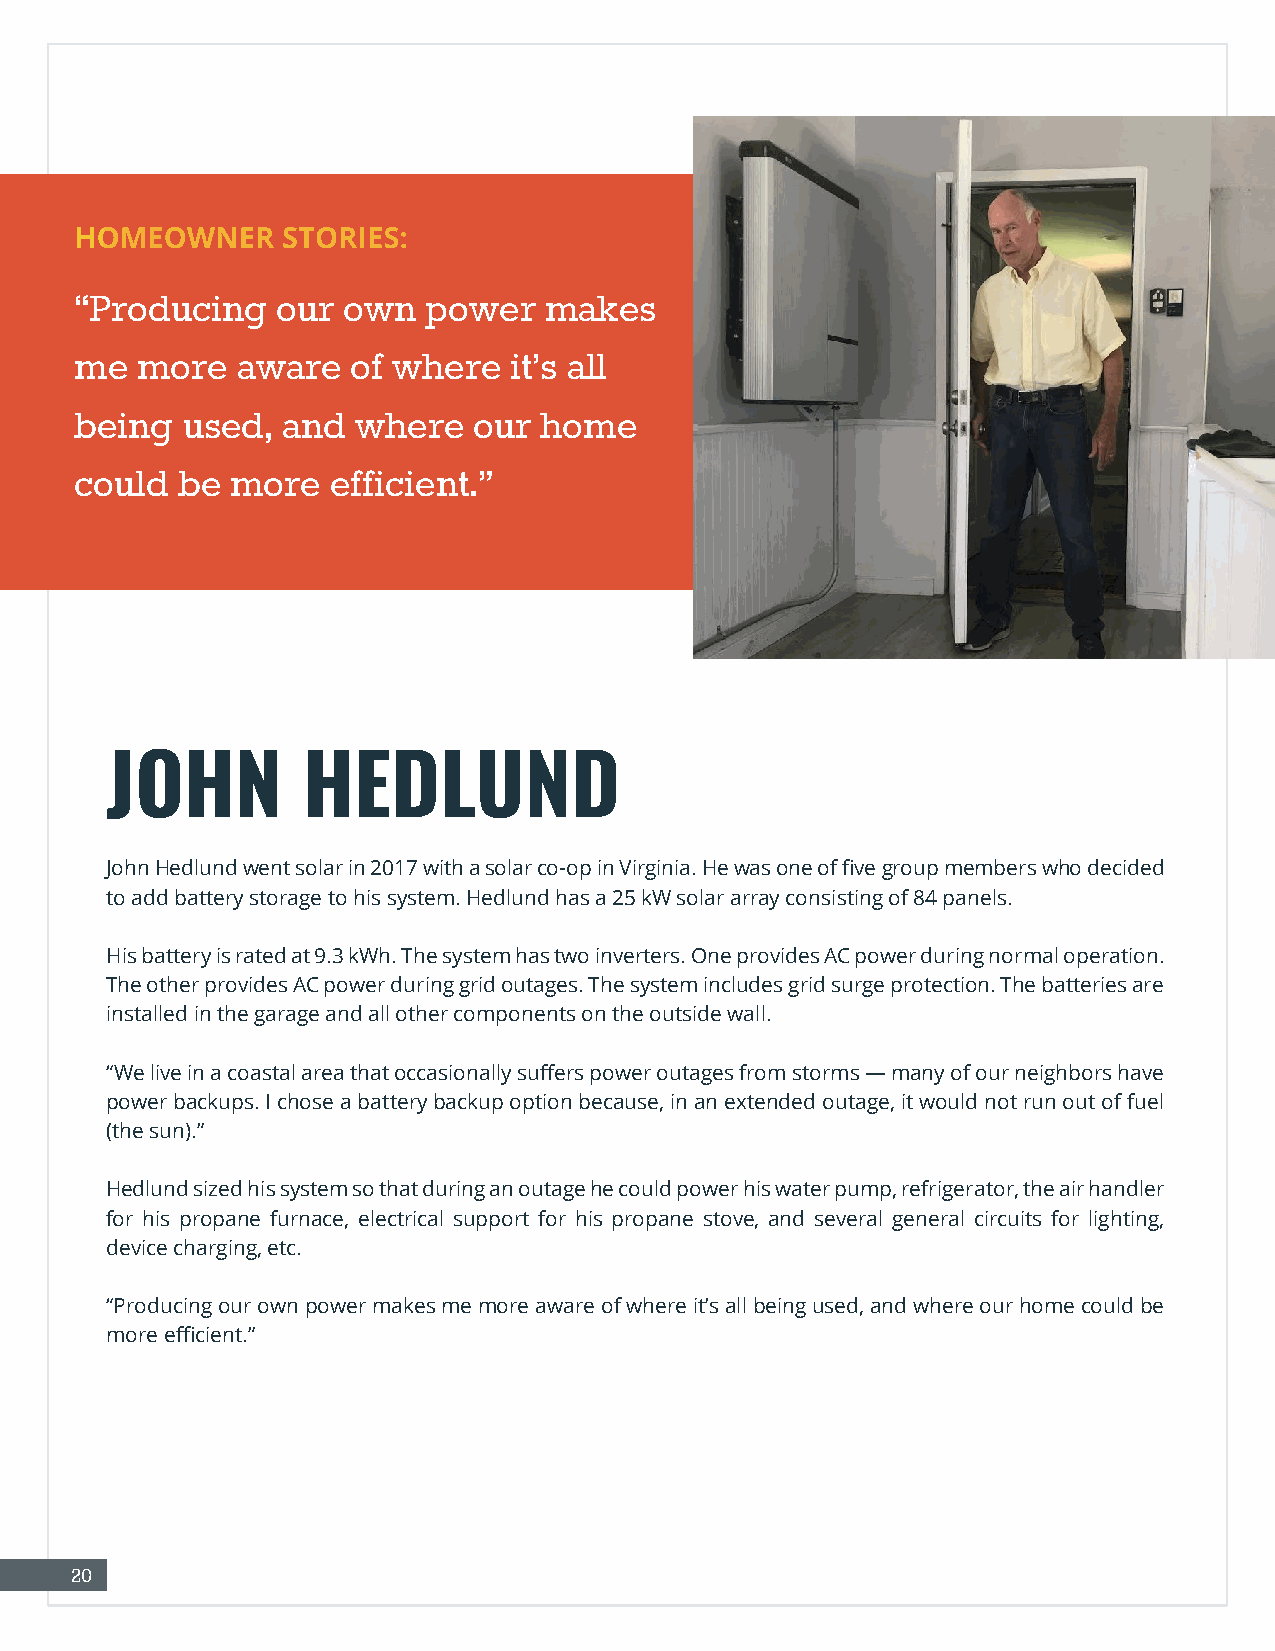
HOMEOWNER     STORIES:
 “Producing   our  own  power   makes
 me  more   aware  of where   it’s all
 being  used,  and  where  our  home
 could  be more   efficient.”
 JOHN         HEDLUND
 John Hedlund went solar in 2017 with a solar co-op in Virginia. He was one of five group members who decided
 to add battery storage to his system. Hedlund has a 25 kW solar array consisting of 84 panels.
 His battery is rated at 9.3 kWh. The system has two inverters. One provides AC power during normal operation.
 The other provides AC power during grid outages. The system includes grid surge protection. The batteries are
 installed in the garage and all other components on the outside wall.
 “We live in a coastal area that occasionally suffers power outages from storms — many of our neighbors have
 power backups. I chose a battery backup option because, in an extended outage, it would not run out of fuel
 (the sun).”
 Hedlund sized his system so that during an outage he could power his water pump, refrigerator, the air handler
 for his propane furnace, electrical support for his propane stove, and several general circuits for lighting,
 device charging, etc.
 “Producing our own power makes me more aware of where it’s all being used, and where our home could be
 more efficient.”
 20